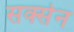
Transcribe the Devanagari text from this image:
सक्सेन